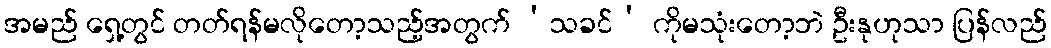
အမည် ရှေ့တွင် တတ်ရန်မလိုတော့သည့်အတွက် ‘သခင်’ ကိုမသုံးတော့ဘဲ ဦးနုဟုသာ ပြန်လည်